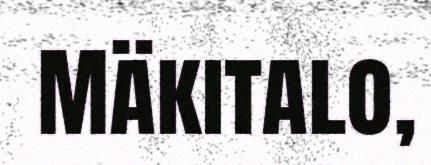
Mäkitalo,